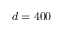
d = 4 0 0